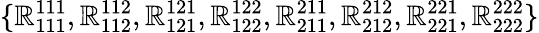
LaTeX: \{ \mathbb{R}_{111}^{111},\mathbb{R}_{112}^{112},\mathbb{R}_{121}^{121},\mathbb{R}_{122}^{122},\mathbb{R}_{211}^{211},\mathbb{R}_{212}^{212},\mathbb{R}_{221}^{221},\mathbb{R}_{222}^{222}\}